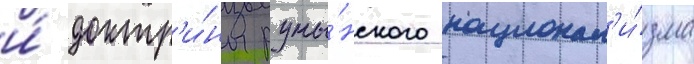
и́ доктр'и́ны румы́нского национал'и́зма